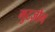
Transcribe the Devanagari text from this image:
गुटज़ोन